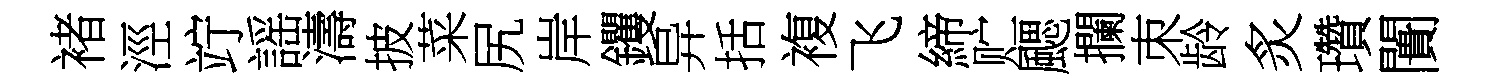
褚涇竚謡濤披菜尻岸钁异括複飞締贮颸攔朿龄炙瓚闠